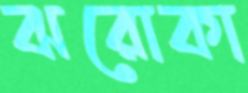
ঝরোকা